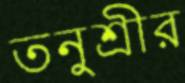
তনুশ্রীর